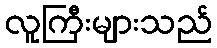
လူကြီးများသည်